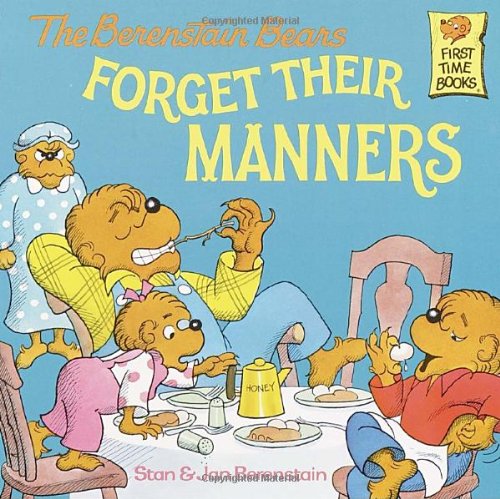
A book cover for The Berenstain Bears Forget Their Manners; Stan Berenstain; Children's Books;